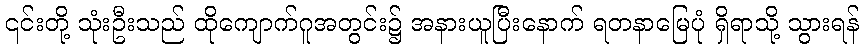
၎င်းတို့ သုံးဦးသည် ထိုကျောက်ဂူအတွင်း၌ အနားယူပြီးနောက် ရတနာမြေပုံ ရှိရာသို့ သွားရန်